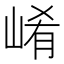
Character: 崤